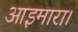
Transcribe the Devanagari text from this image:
आइमारा।